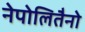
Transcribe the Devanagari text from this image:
नेपोलितैनो